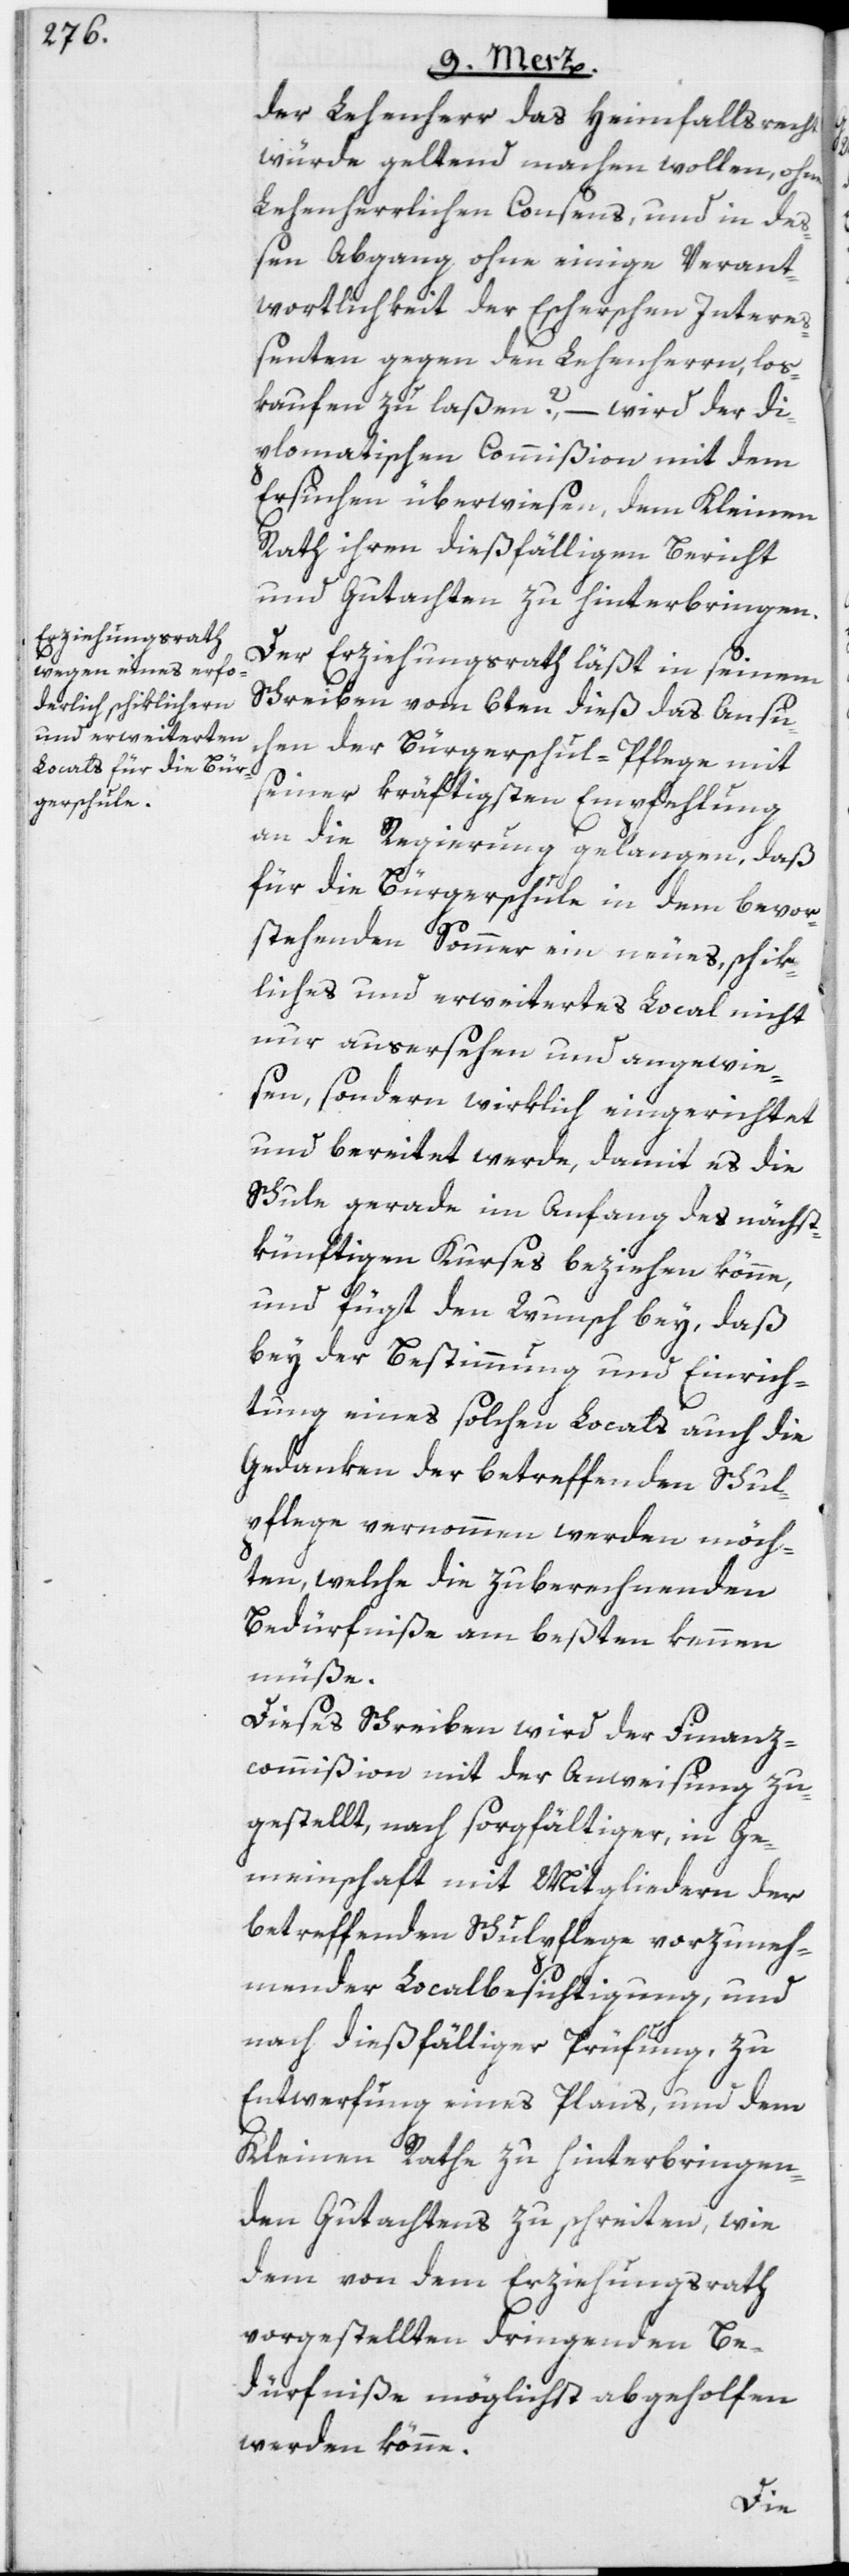
der Lehenherr das Heimfallsrecht
würde geltend machen wollen, ohne
Lehenherrlichen Consens, und in deß¬
en Abgang ohne einige Verant¬
wortlichkeit der Escherschen Intere¬
ßenten gegen den Lehenherrn, los¬
kaufen zu laßen? – wird der di¬
plomatischen Commißion mit dem
Ersuchen überwiesen, dem Kleinen
Rath ihren dießfälligen Bericht
und Gutachten zu hinterbringen.
Der Erziehungsrath läßt in seinem
Schreiben vom 6ten dieß das Ansuc¬
hen der Bürgerschul-Pflege mit
seiner kräftigsten Empfehlung
an die Regierung gelangen, daß
für die Bürgerschule in dem bevor¬
stehenden Sommer ein neues, schik¬
liches und erweitertes Local nicht
nur ausersehen und angewie¬
sen, sondern wirklich eingerichtet
und bereitet werde, damit es die
Schule gerade im Anfang des nächst¬
künftigen Kurses beziehen könne,
und fügt den Wunsch bey, daß
bey der Bestimmung und Einrich¬
tung eines solchen Locals auch die
Gedanken der betreffenden Schul¬
pflege vernommen werden möch¬
ten, welche die zu berechnenden
Bedürfniße am beßten kennen
müße.
Dieses Schreiben wird der Finanz¬
commißion mit der Anweisung zu¬
gestellt, nach sorgfältiger, in Ge¬
meinschaft mit Mitgliedern der
betreffenden Schulpflege vorzuneh¬
mender Localbesichtigung, und
nach dießfälliger Prüfung, zu
Entwerfung eines Plans, und dem
Kleinen Rathe zu hinterbringen¬
den Gutachtens zu schreiten, wie
dem von dem Erziehungsrath
vorgestellten dringenden Be¬
dürfniße möglichst abgeholfen
werden könne.